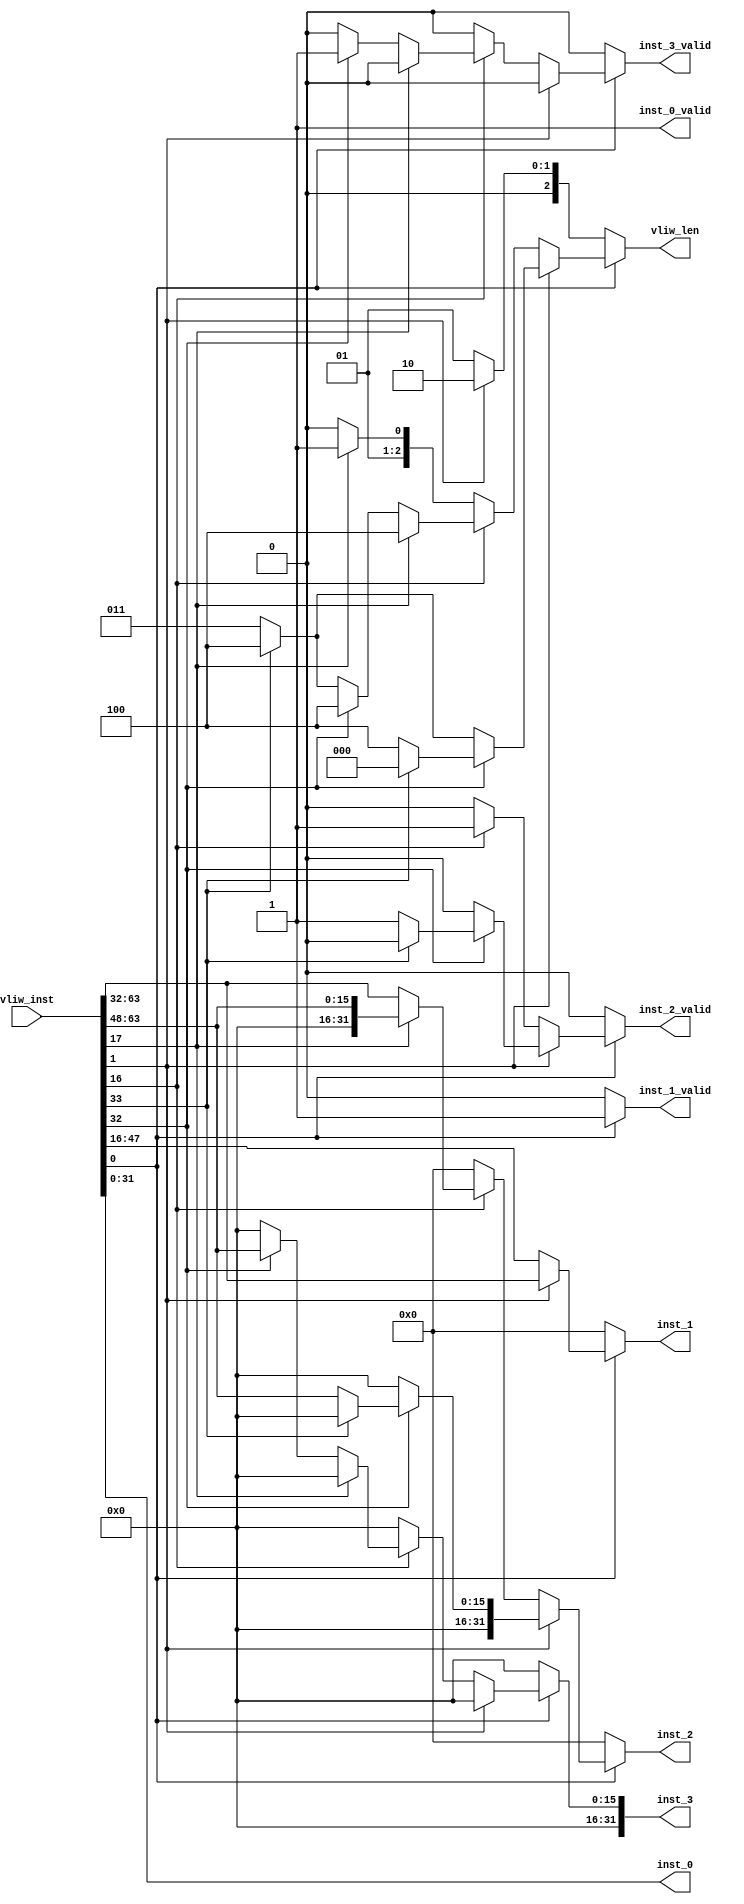
// This file is part of AjarDSP
//
// Copyright (c) 2010, Markus Lavin
// All rights reserved.
//
// Redistribution and use in source and binary forms, with or without
// modification, are permitted provided that the following conditions are
// met:
//
// 1. Redistributions of source code must retain the above copyright
//    notice, this list of conditions and the following disclaimer.
//
// 2. Redistributions in binary form must reproduce the above copyright
//    notice, this list of conditions and the following disclaimer in the
//    documentation and/or other materials provided with the distribution.
//
// 3. Neither the name of the <ORGANIZATION> nor the names of its
//    contributors may be used to endorse or promote products derived from
//    this software without specific prior written permission.
//
// THIS SOFTWARE IS PROVIDED BY THE COPYRIGHT HOLDERS AND CONTRIBUTORS
// "AS IS" AND ANY EXPRESS OR IMPLIED WARRANTIES, INCLUDING, BUT NOT
// LIMITED TO, THE IMPLIED WARRANTIES OF MERCHANTABILITY AND FITNESS FOR
// A PARTICULAR PURPOSE ARE DISCLAIMED. IN NO EVENT SHALL THE COPYRIGHT
// HOLDER OR CONTRIBUTORS BE LIABLE FOR ANY DIRECT, INDIRECT, INCIDENTAL,
// SPECIAL, EXEMPLARY, OR CONSEQUENTIAL DAMAGES (INCLUDING, BUT NOT
// LIMITED TO, PROCUREMENT OF SUBSTITUTE GOODS OR SERVICES; LOSS OF USE,
// DATA, OR PROFITS; OR BUSINESS INTERRUPTION) HOWEVER CAUSED AND ON ANY
// THEORY OF LIABILITY, WHETHER IN CONTRACT, STRICT LIABILITY, OR TORT
// (INCLUDING NEGLIGENCE OR OTHERWISE) ARISING IN ANY WAY OUT OF THE USE
// OF THIS SOFTWARE, EVEN IF ADVISED OF THE POSSIBILITY OF SUCH DAMAGE.

// Possible instruction bundles
//
// 4 = 2 + 2
// 4 = 2 + 1 + 1
// 4 = 1 + 2 + 1
// 4 = 1 + 1 + 2
// 4 = 1 + 1 + 1 + 1
//
// 3 = 2 + 1
// 3 = 1 + 2
// 3 = 1 + 1 + 1
//
// 2 = 2
// 2 = 1 + 1
//
// 1 = 1
//

module vliwdec(vliw_inst,
               vliw_len,
               inst_0_valid,
               inst_0,
               inst_1_valid,
               inst_1,
               inst_2_valid,
               inst_2,
               inst_3_valid,
               inst_3);

   input [63:0] vliw_inst;
   output [2:0] vliw_len;

   output        inst_0_valid;
   output [31:0] inst_0;
   output        inst_1_valid;
   output [31:0] inst_1;
   output        inst_2_valid;
   output [31:0] inst_2;
   output        inst_3_valid;
   output [31:0] inst_3;

   reg [2:0]     vliw_len;

   reg           inst_0_valid;
   reg [31:0]    inst_0;
   reg           inst_1_valid;
   reg [31:0]    inst_1;
   reg           inst_2_valid;
   reg [31:0]    inst_2;
   reg           inst_3_valid;
   reg [31:0]    inst_3;

   reg           invalid_packet;

   always @(vliw_inst)
     begin
        // Default assignments
        vliw_len = 0;

        inst_0_valid = 1;
        inst_0       = vliw_inst[31:0];

        inst_1_valid = 0;
        inst_1       = 32'h0;

        inst_2_valid = 0;
        inst_2       = 32'h0;

        inst_3_valid = 0;
        inst_3       = 32'h0;
        invalid_packet = 0;


        if (vliw_inst[0] == 1)
          begin  //inst_0 parallel with inst_1
             inst_1_valid = 1;
             if (vliw_inst[1] == 1)
               begin  //inst_0 32bits
                  inst_1 = vliw_inst[63:32];

                  if (vliw_inst[32] == 1)
                    begin  //inst_1 parallel with inst_2
                       if (vliw_inst[33] == 1)
                         begin  //inst_1 32bits
                            // Invalid VLIW packet
                            //$stop;
                            invalid_packet = 1;
                         end
                       else
                         begin  //inst_1 16bits

                            inst_2_valid = 1;
                            inst_2 = {16'h0, vliw_inst[63:48]};
                            vliw_len = 4;
                         end
                    end // if (vliw_inst[32] == 1)
                  else
                    begin
                       if (vliw_inst[33] == 1)
                         begin
                            vliw_len = 4;
                         end
                       else
                         begin
                            vliw_len = 3;
                         end
                    end


               end
             else
               begin  //inst_0 16bits
                  inst_1 = vliw_inst[47:16];

                  if (vliw_inst[16] == 1)
                    begin  //inst_1 parallel with inst_2
                       inst_2_valid = 1;
                       if (vliw_inst[17] == 1)
                         begin  //inst_1 32bits
                            inst_2 = {16'h0, vliw_inst[63:48]};
                            vliw_len = 4;
                         end
                       else
                         begin  //inst_1 16bits
                            inst_2 = vliw_inst[63:32];
                            vliw_len = 3;

                            if (vliw_inst[32] == 1)
                              begin
                                 begin //inst_2 in prallel with inst_3
                                    inst_3_valid = 1;
                                    inst_3 = {16'h0, vliw_inst[63:48]};
                                    vliw_len = 4;
                                 end
                              end
                            else
                              begin
                                 if (vliw_inst[33] == 1)
                                   begin
                                      vliw_len = 4;
                                   end
                              end

                         end // else: !if(vliw_inst[17] == 1)
                    end // if (vliw_inst[16] == 1)
                  else
                    begin
                       if (vliw_inst[17] == 1)
                         begin
                            vliw_len = 3;
                         end
                       else
                         begin
                            vliw_len = 2;
                         end
                    end // else: !if(vliw_inst[16] == 1)

               end
          end // if (vliw_inst[0] == 1)
        else
          begin
             if (vliw_inst[1] == 1)
               begin
                  vliw_len = 2;
               end
             else
               begin
                  vliw_len = 1;
               end
          end // else: !if(vliw_inst[0] == 1)

     end // always @ (vliw_inst)

endmodule // vliwdec